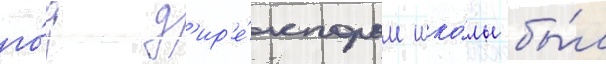
го́д д'ир'е́ктором шко́лы бы́л